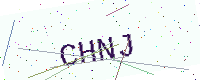
Text: CHNJ